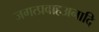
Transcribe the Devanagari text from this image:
जगत्प्रवाहअनादि